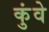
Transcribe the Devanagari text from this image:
कुंवे